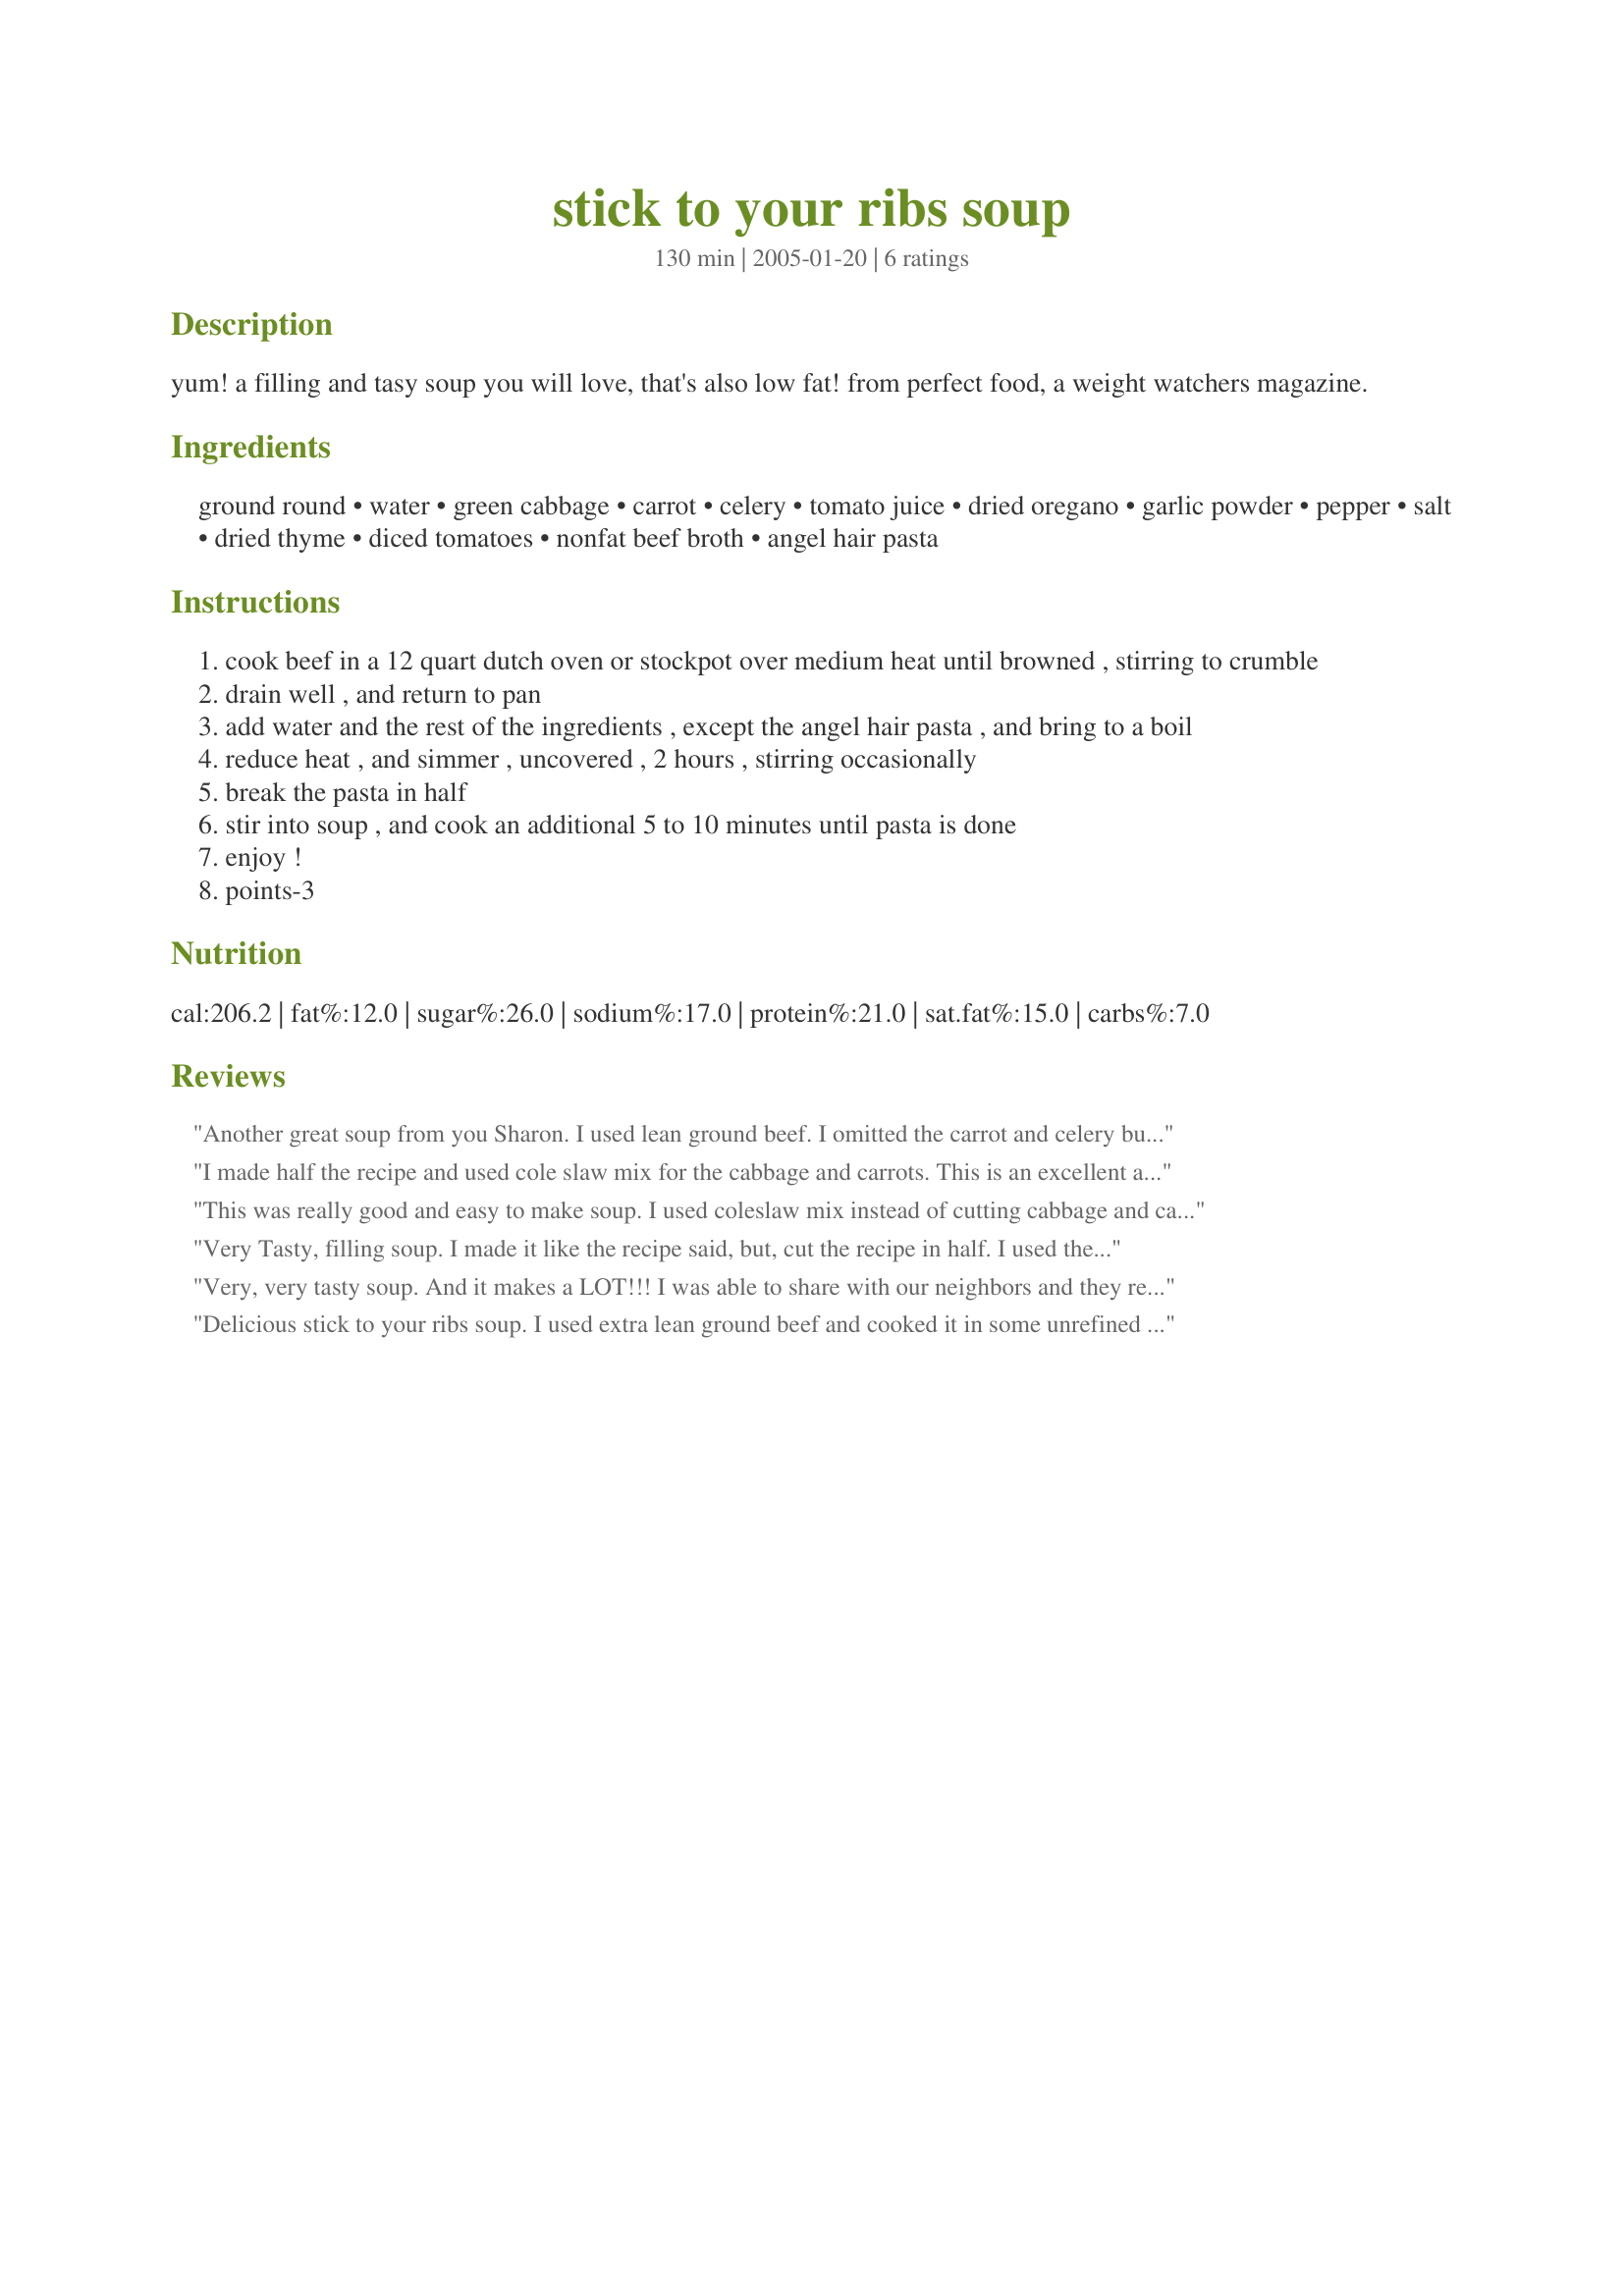
stick to your ribs soup
Preparation time: 130 minutes

yum! a filling and tasy soup you will love, that's also low fat! from perfect food, a weight watchers magazine.

Ingredients:
ground round, water, green cabbage, carrot, celery, tomato juice, dried oregano, garlic powder, pepper, salt, dried thyme, diced tomatoes, nonfat beef broth, angel hair pasta

Steps:
cook beef in a 12 quart dutch oven or stockpot over medium heat until browned , stirring to crumble
drain well , and return to pan
add water and the rest of the ingredients , except the angel hair pasta , and bring to a boil
reduce heat , and simmer , uncovered , 2 hours , stirring occasionally
break the pasta in half
stir into soup , and cook an additional 5 to 10 minutes until pasta is done
enjoy !
points-3

Reviews:
Another great soup from you Sharon. I used lean ground beef. I omitted the carrot and celery but I may try it next time. I used vegetable juice. I omitted the salt. I wanted to add the angel hair pasta but I forgot. I thought about it too late. It's delicious even without the pasta. Thanks Sharon :) Made for your cookathon.
I made half the recipe and used cole slaw mix for the cabbage and carrots. This is an excellent and hearty soup! I used spaghetti cooked al dente so it would hold up in the leftovers I stocked in the freezer. Made in memory of Sharon's DH Jim for cookathon for Sharon Oct 2010.
This was really good and easy to make soup. I used coleslaw mix instead of cutting cabbage and carrots. I followed the rest of recipe as written except I didn't add the optional celery. This was a good soup that sticks to your ribs :)
Very Tasty, filling soup. I made it like the recipe said, but, cut the recipe in half. I used the carrots & celery also used part tomato juice & part V-8 juice then used whole wheat pasta. We love soup, this is very good & easy to make also had everything on hand. Thank you Sharon For posting the recipe.
Very, very tasty soup. And it makes a LOT!!! I was able to share with our neighbors and they really liked it. I dropped in a couple beef bouillon cubes -- just because I like a little stronger beef flavor. We also topped the soup off with a nice dollup of sour cream (so much for it being a low fat recipe)!!!! I also added some chopped onion to the ground round as it was browning. I some onion that was already chopped up and wanted to use it. I liked the addition of it and will probably put it in the next time I make this. This was made for the Cookathon at Kittencalskitchen in memory of Sharon's dear husband.
Delicious stick to your ribs soup. I used extra lean ground beef and cooked it in some unrefined extra virgin olive oil. I didn't need to drain it because it was so lean. I used mainly V8 juice plus some tomato juice from the canned tomatoes for which I used a good brand of whole plum tomatoes I chopped myself, garlic salt with no additional salt, freshly ground black pepper, dried marjoram in place of dried thyme because of dislike for the latter. I used beef broth left over from simmering cabbage rolls that had beef in them. I forgot to add the pasta we enjoyed it very much without. I would make this again.
